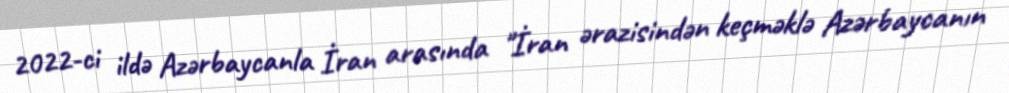
2022-ci ildə Azərbaycanla İran arasında "İran ərazisindən keçməklə Azərbaycanın